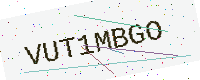
Text: VUT1MBGO